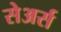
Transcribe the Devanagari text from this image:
सेअर्स